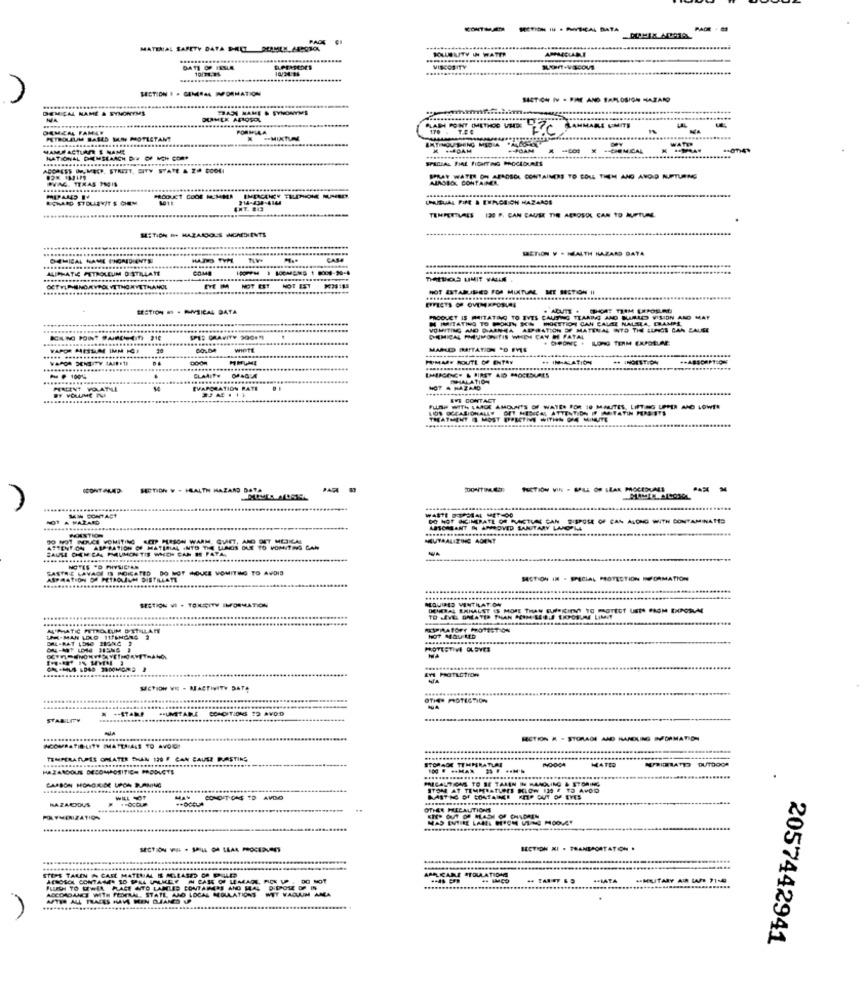
PADE + 83
PAOK
MATERIAL SAFETY DATA PIECZ PERMEN AR2010
.....
BOLLELITY IN WATER
DATE OF ISSUE
10/34/28
VISCOSITY
MICAL NAME & SYNONYMS
FRASI NAME
SYNONYMS
44 FAMAT
FORMIGA
LAB POINT (METHOD VEDE
170 . TEC
MARE UMITE
PETROLEUM BASED MAN PROTESTANT
IXTUM
MAMMACTLAR 1 NAME
MTINOU SHENG MEDIA
+-FOAM
-----
WATER
NATIONAL DRUMSEARCH BIT OF MCH COM.
FALLAL BIAL FIGHTING PROCEDURES
SPRAY WATER OM ARNOSCA CONTAINERS TO COLL THEM AND AVOID NUPTURING
AIRGEOL CONTAINER
ECKARD STOLLEYIT'S CHEM
PRODUCT COOR NEM
914-430-4144
CHRISUAL PIPE & EXPLOSION HAZARDS
.. ...
TEMPERTVALS 130 P. CAN CAUSE THE AEROSOL CAN TO AUPTUNE
HETICH D. HAZARDOUS INCADIENTS
SETION V - HEALTH HAZARD DATA
DEMICAL NAME INGREDIENTE
CASE
ALIPHATIC PETROLEUM DESTILLATE
.........
come
NOT EST
netticas LIMIT VALLE
NOT ESTARIDED FOR MINTUAL MEE SECTION II
SECTION &S . PHYSICAL DATA
PRODUCT IS PAITATING TO IVES CAUTING TEARING AND BARLEO VISION AND MAT
M IMITATING TO PORTY SON HOIETTICH CAN CALE NALSLA, ERANM
VOMITING AJD DARNA ADBATION OF MATENAL INTO THE LUNGS CAN CAUSE
LPES GRAVITY 200FM
.........
DEMICAL PMUMON TIS WHEN CAN HE FATAL
. CHPONEE . LONG TERM ERPDELSE
WieTE
MARKED IRTATION SO FVS
VARDA DENSITY CAIRETE
. ........
........
------
PUMABY ROUTE OF ENTRY
+. IM-ARATION
++ INGESTION
..............
EMERGENCY & FIRST AID PROCEDURES
- 100
.
PHIALATION
BY VOLUME PUA
EVAPORATION RATE
NOT A HAZARD
WVE CONTACT
FLASH WITH LARGE AMOUNTS OF WATER FOR 10 MALITES, LIFTING UPPER AND LOWER
LOS OCCASIONALLY
GET MEDICAL ATTENTION IF ASTATIN PERSISTS
THATMENT IS MOST
SECTION W - HEALTH HAZARD DATA
CONTINUED
WASTE DOPORAL METHOD
MEIN BONTAST
DO NOT BICIMIRATE OR PACTUAR CAN BIEPOSE OF CAN ALONG WITH CONTAMINATED
.....
ABSORBANT IN APPROVED SANITARY LAR
..........
NEUTRALIZING ADENT
ATTENTO
CAUSE CHEMICAL PMUMON TIE WHICH CAN HE PATA,
FON ASP BATION OF MATERIAL
MATINAL INTO THE LINGS D
FASTA E LAVAGE IS POICATED DO NOT MOUCE VOMITING TO AVOID
NOTES "D PHYSICIAN
MSTION IM - SPECIAL PROTECTION IFORMATION
SECTION VI . TONCITY IMFORMATION
REQUIRED WINTRATION
DENERAL EMHALST IS MORE THAN GUSOKIENT TO PROTECT USTA PAOM EXPOSUM
M'PHATIC
UH-MAN LOLD 11/AHON4 2
OTESTIFI GLOVES
METION VE - MACTIVITY DATA
.......
OTIS PROTECTION
"UMSTARE CONDITIONS TO AVOD
STABILITY
SECTION & - STORAGE AND HANDLING INFORMATION
TEMPERATURES OMLATER THAN 120 F CAN CAUSE BURSTING
STORADE TEMPERATLAL
NO-ODA
MATEO
FREERATES DUTDOCA
HAZARDOUS DECOMPOSITICH PRODUCTS
PRECAUTICAS TO BE TAKEN IN RAMOLING & STORING
.......
ITOM AT TEMPERATURE SLOW 130 F TO AVOD
HAZARDOUS
WILL SOF
CONDIT DAS TD AVDO
KART NG OF CONTAINE KIP OUT OF EYES
.....
OTHER PRECAUTIONS
MAS ENTIRE LAMEL PERON WING HOOVER
SECTION VIE . SALLE OA LEAK PROCEAVANT
SECTION XI . TRANSPORTATION .
TIPS TALIN , CASE MATEUAL IS CGLEASED O POLE
APPLICARE STOULATIONS
.+MATA
PERCHI TO LWIA PACE WTO LABLES CONTAINERS ANO MAL DIDPOSE OP IN
ACCORDANCE WITH FEDERAL, STATE AND LOCAL MEGULATIONSWIT YA ANA
AFTER ALL TRACES HAVE MEN CLEANED UPP
........
2057442941